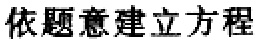
依题意建立方程